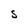
Character: S